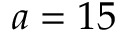
a = 1 5